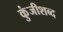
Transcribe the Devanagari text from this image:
कुंजीशब्द